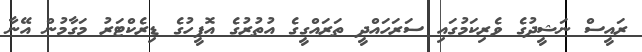
ރައީސް ނަޝީދުގެ ވެރިކަމުގައި ސަރަހައްދީ ތަރައްގީގެ އުތުރުގެ އޮފީހުގެ ޑިރެކްޓަރު މަގާމުން އޭނާ